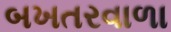
બખતરવાળા